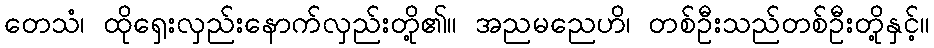
တေသံ၊ ထိုရှေးလှည်းနောက်လှည်းတို့၏။ အညမညေဟိ၊ တစ်ဦးသည်တစ်ဦးတို့နှင့်။